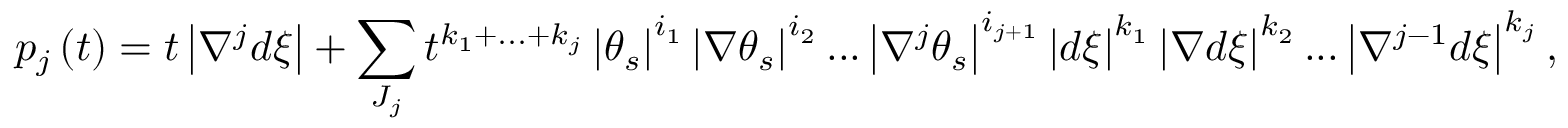
p _ { j } \left( t \right) = t \left\vert \nabla ^ { j } d \xi \right\vert + \sum _ { J _ { j } } t ^ { k _ { 1 } + . . . + k _ { j } } \left\vert \theta _ { s } \right\vert ^ { i _ { 1 } } \left\vert \nabla \theta _ { s } \right\vert ^ { i _ { 2 } } . . . \left\vert \nabla ^ { j } \theta _ { s } \right\vert ^ { i _ { j + 1 } } \left\vert d \xi \right\vert ^ { k _ { 1 } } \left\vert \nabla d \xi \right\vert ^ { k _ { 2 } } . . . \left\vert \nabla ^ { j - 1 } d \xi \right\vert ^ { k _ { j } } ,